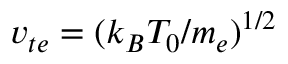
v _ { t e } = { ( k _ { B } T _ { 0 } / m _ { e } ) } ^ { 1 / 2 }